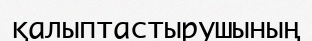
қалыптастырушының